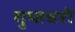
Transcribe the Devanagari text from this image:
गुप्‍तचरो